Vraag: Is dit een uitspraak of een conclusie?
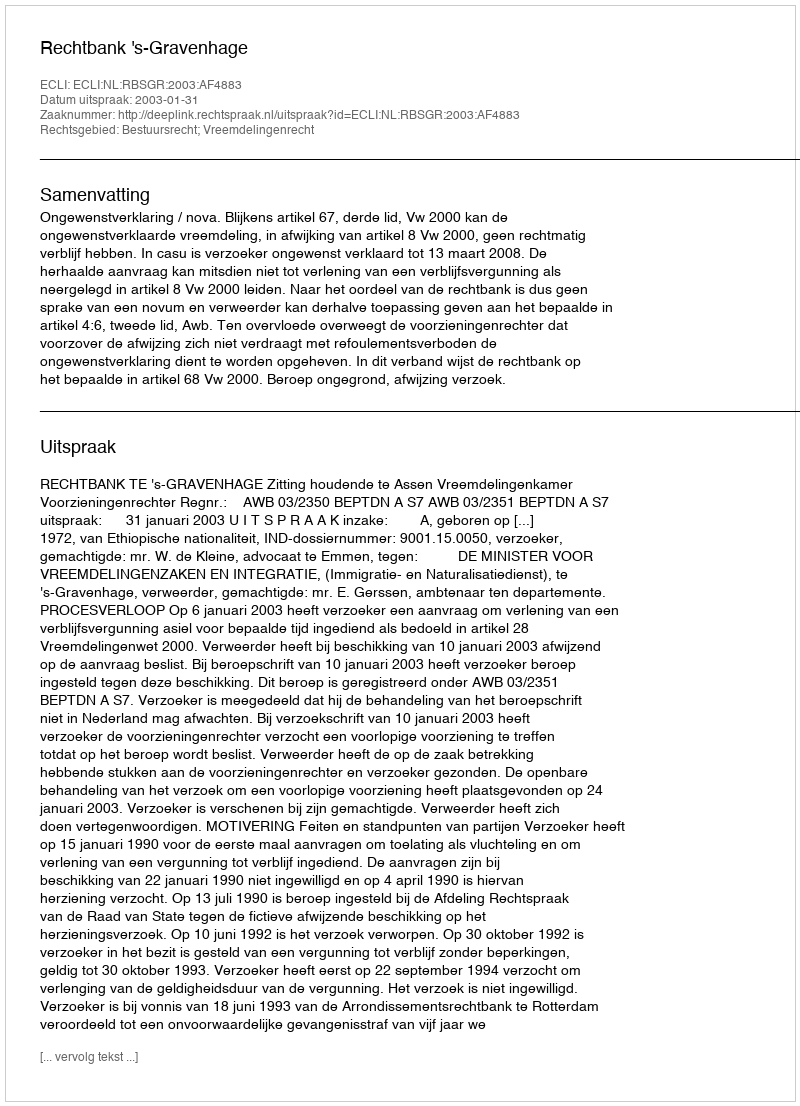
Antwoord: Uitspraak